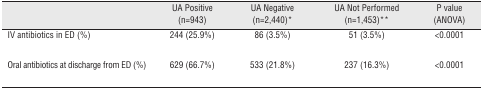
<table><thead><tr><td><b> </b></td><td><b>UA Positive (n=943)</b></td><td><b>UA Negative (n=2,440)*</b></td><td><b>UA Not Performed (n=1,453)**</b></td><td><b>P value (ANOVA)</b></td></tr></thead><tbody><tr><td>IV antibiotics in ED (%)</td><td>244 (25.9%)</td><td>86 (3.5%)</td><td>51 (3.5%)</td><td>&lt;0.0001</td></tr><tr><td>Oral antibiotics at discharge from ED (%)</td><td>629 (66.7%)</td><td>533 (21.8%)</td><td>237 (16.3%)</td><td>&lt;0.0001</td></tr></tbody></table>